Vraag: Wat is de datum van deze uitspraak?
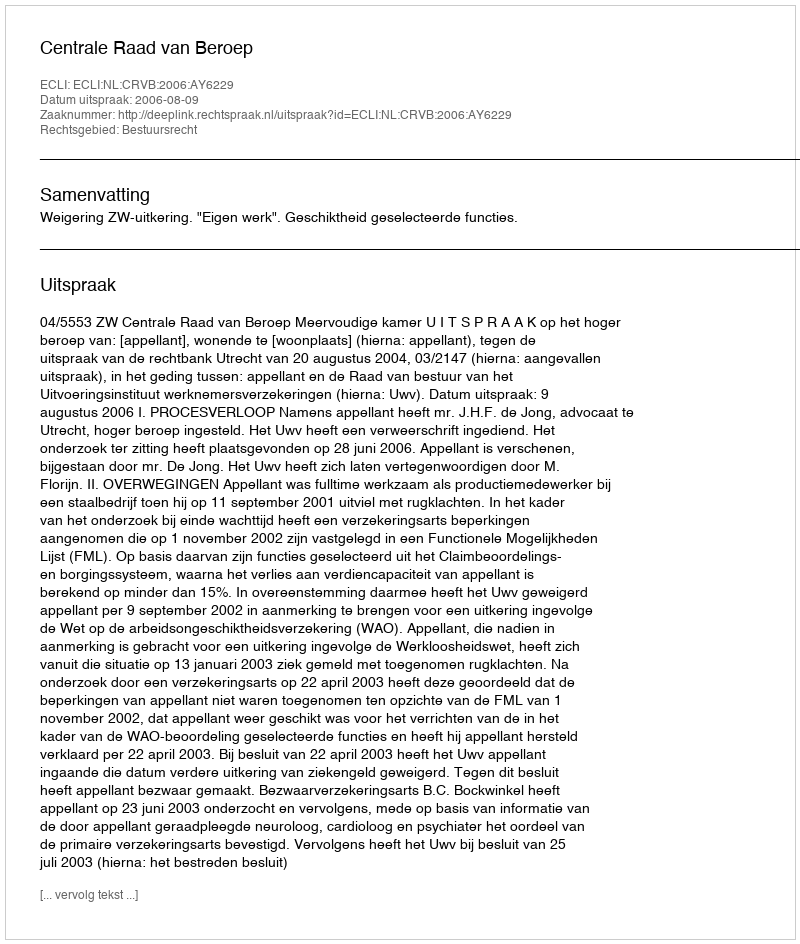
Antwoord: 2006-08-09